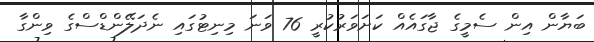
ބަޔާން އިން ސެމީގެ ޖާގައެއް ކަށަވަރުކުރީ 76 ވަނަ މިނިޓުގައި ނެދަލޭންޑްސްގެ ވިންގާ